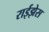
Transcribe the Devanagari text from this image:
राईझेस